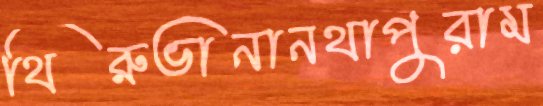
থিরুভানানথাপুরাম